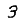
Digit: 3